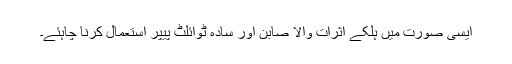
ایسی صورت میں ہلکے اثرات والا صابن اور سادہ ٹوائلٹ پیپر استعمال کرنا چاہئے۔